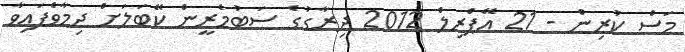
މަސް ކުރިން - 21 އޭޕްރިލް 2012 ދިރާގުގެ ސަބުމެރީން ކޭބަލަށް ދިމާވެފައިވާ